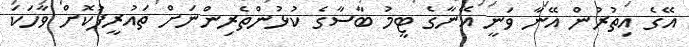
އޭގެ އިތުރުން އޭނާ ވަނީ އޭނާގެ ޓީމު ބާސާގެ ކުޅުންތެރިންނަށް ތައުރީފުކޮށް ވާހަކަ